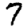
Digit: 7